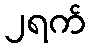
၂ရက်